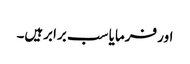
اور فرمایا سب برابرہیں۔